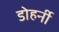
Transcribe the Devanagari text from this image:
डोहर्नी